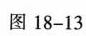
图18-13